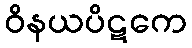
ဝိနယပိဋကေ